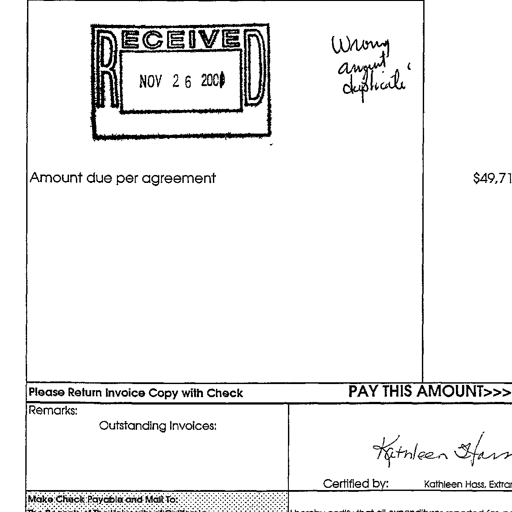
Transcript:
RECEIVED
NOV 2 6 2003 Wrong
amount
duplicate
Amount due per agreement $49,71
Please Return Invoice Copy with Check PAY THIS AMOUNT>>>
Remarks:
Outstanding Invoices: Kathleen Hass
Certified by: Kathleen Hass, Extran
Make Check Payable and Mail To: